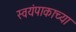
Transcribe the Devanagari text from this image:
स्वयंपाकाच्या